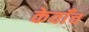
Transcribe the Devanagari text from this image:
केवाँच